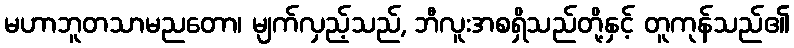
မဟာဘူတသာမညတော၊ မျက်လှည့်သည်, ဘီလူးအစရှိသည်တို့နှင့် တူကုန်သည်၏